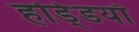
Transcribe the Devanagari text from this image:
हडि्डयाँ